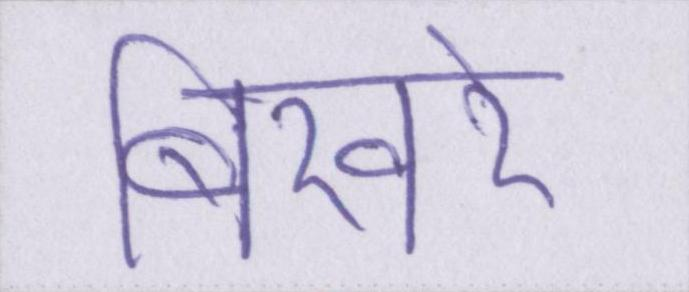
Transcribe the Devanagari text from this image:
बिखरे